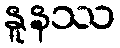
နူနဿ